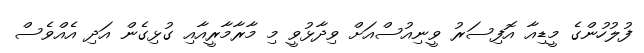
ފުލުހުންގެ މީޑިއާ އޮފިސަރު ވީނިއުސްއަށް ވިދާޅުވީ މި މާރާމާރީއާއި ގުޅިގެން އަދި އެއްވެސް